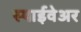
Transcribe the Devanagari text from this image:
स्पाईवेअर